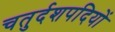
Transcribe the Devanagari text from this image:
चतुर्दशपदियों